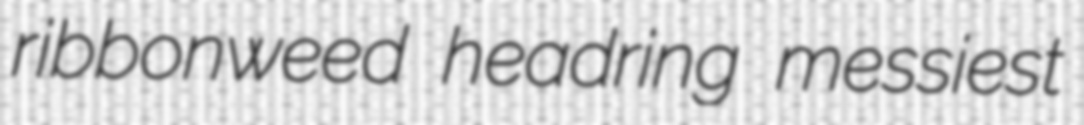
ribbonweed headring messiest